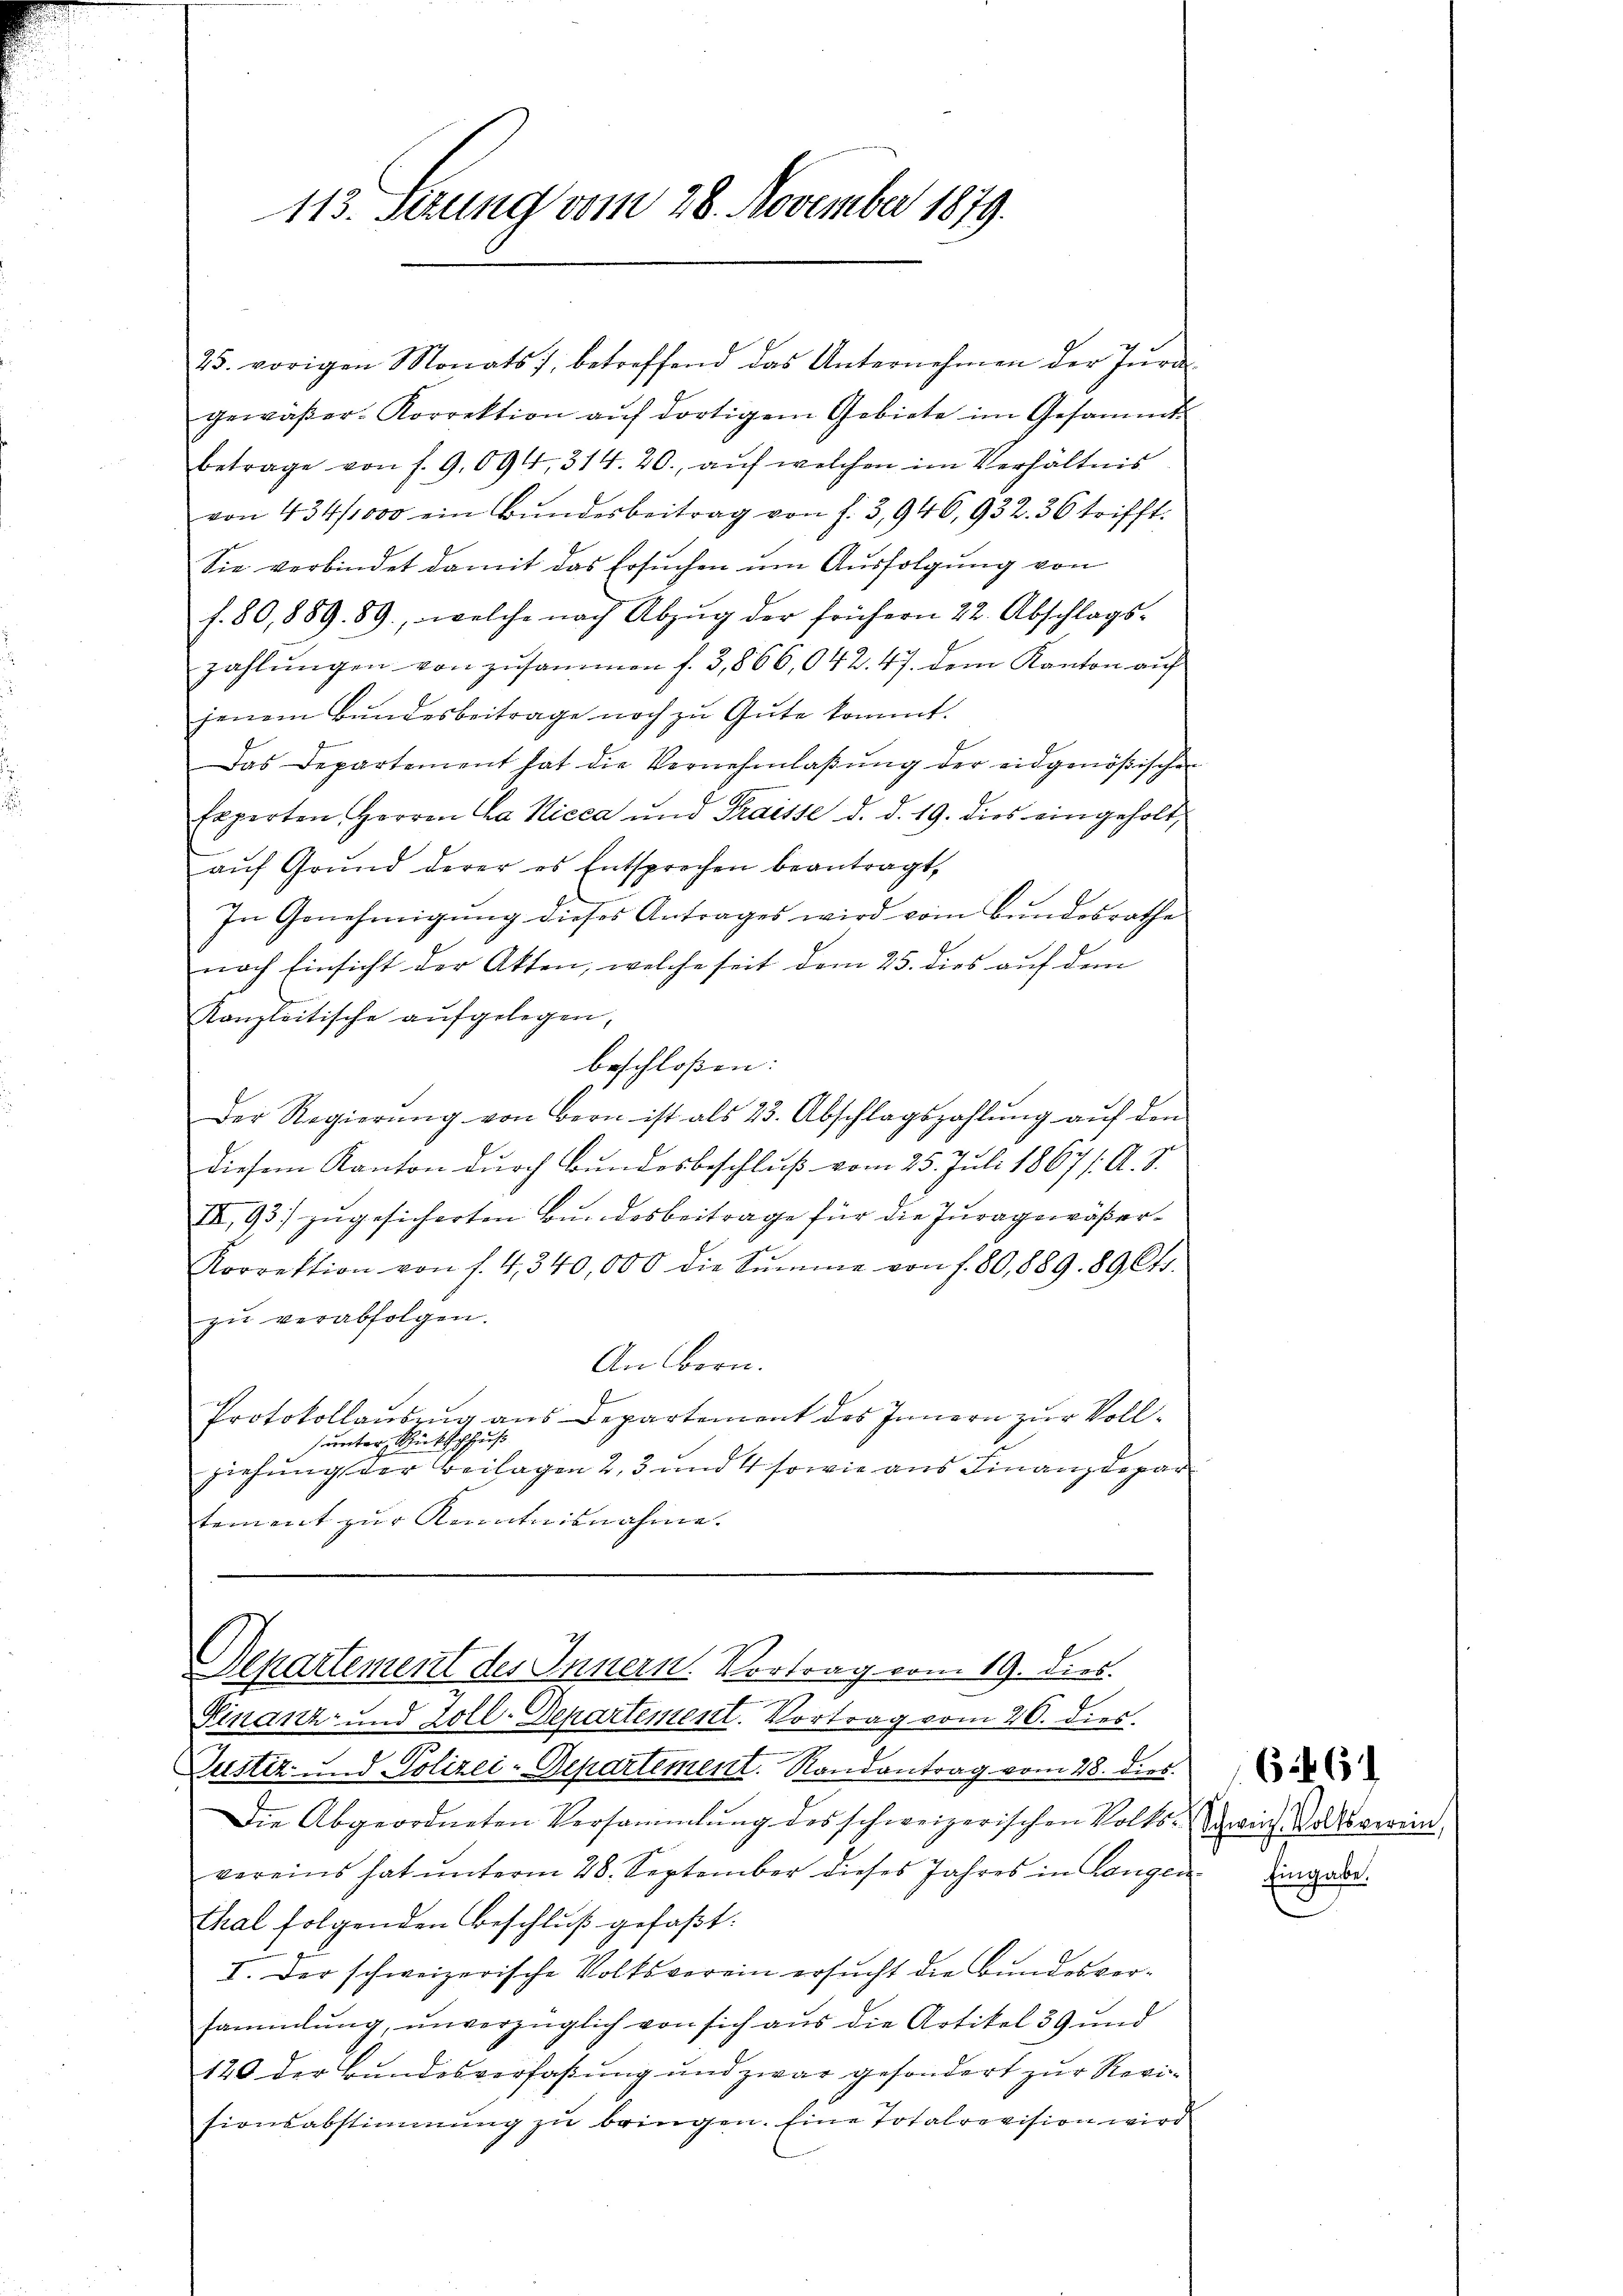
113. Serung vom 28. November 1879.

gewäβer- Korrektion aŭf dortigem Gebiete im Gesammt-
betrage von f. 9.094, 314. 20., auf welchen im Verhältnis
von 434/1000 ein Bŭndesbeitrag von f. 3,940,932. 36 trifft.
Sie verbindet damit das Ersuchen ŭm Aŭsfolgung von
f. 80,889. 89., welche nach Abzŭg der frühern 22. Abschlags-
zahlungen von zusammen f. 3,866,042. 47. dem Kanton auf
jenem Bundesbeitrage noch zu Gute kommt.
Das Departement hat die Vernehmlaßung der eidgenößischen
Experten Herren Cha Nicca und Traisse d. d. 19. dies eingeholt,
aŭf Grŭnd derer es entsprechen beantragt,
In Genehmigŭng dieses Antrages wird vom Bundesrathe
nach Einsicht der Akten, welche seit dem 25. dies auf dem
Kanzleitische aŭfgelegen,
beschloßen:
Der Regierŭng von Bern ist als 23. Abschlagszahlŭng aŭf den
diesem Kanton durch Bundesbeschluß vom 25. Juli 1867 /: A. S.
I,93) zugesicherten Bundesbeitrage für die Juragewäßer¬
Korrektion von f. 4, 340,000 die Sŭmme von f. 80,889. 89 Cts.
zŭ verabfolgen.
An Bern.
Protokollauszug aus Departement des Innern zur Vollunter Rückschuß
ziehung der Beilagen 2, 3 und 4 sowie aus Finanzdepar
tement zur Kenntnisnahme.

25. vorigen Monats, betreffend das Unternehmen der Jura

Departement des Innern. Vortrag vom 19. dies.

Finanz- und Zoll-Departement. Vortrag vom 26. dies
Justiz und Polizei-Departement. Randantrag vom 28. dies
Die Abgeordneten Versammlung des schweizerischen Volks-Wein Volksverein,
vereins hat ŭnterm 28. September dieses Jahres in Langen Eigend
thal folgenden Beschlŭβ gefaßt:
I. Der schweizerische Volksverein ersŭcht die Bundesver-
sammlung, unverzüglich von sich aus die Artikel 39 und
120 der Bundesverfaßung und zwar gesondert zur Revisionsabstimmung zu bringen. Eine Totalrevision wird

626